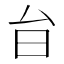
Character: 𭥎